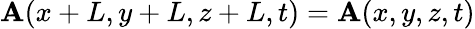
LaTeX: \mathbf{A}(x+L,y+L,z+L,t)=\mathbf{A}(x,y,z,t)